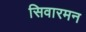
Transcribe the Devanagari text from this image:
सिवारमन